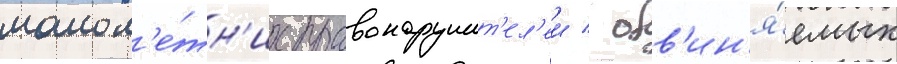
малол'е́тн'их правонарушит'ел'еи / обв'ин'я́емых